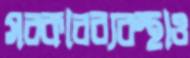
সরকারব্যবস্থাও